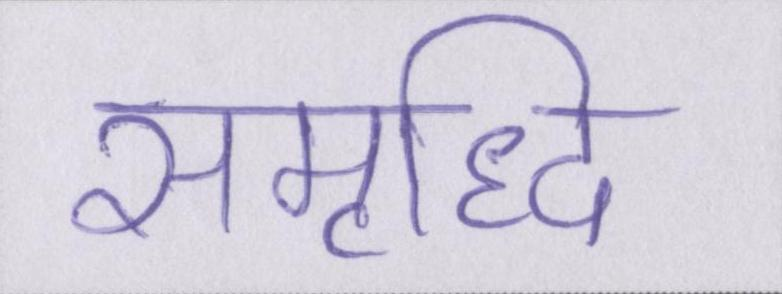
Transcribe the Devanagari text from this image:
समृध्दि